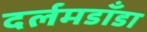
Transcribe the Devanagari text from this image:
दर्लमडाँडा